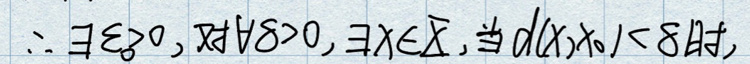
\(\therefore \exists \varepsilon _ { 0 } > 0, \forall \delta > 0, \exists x \in \mathbb {R }, \text { 当 } d ( x, x _ { 0 } ) < \delta \text { 时 },\)